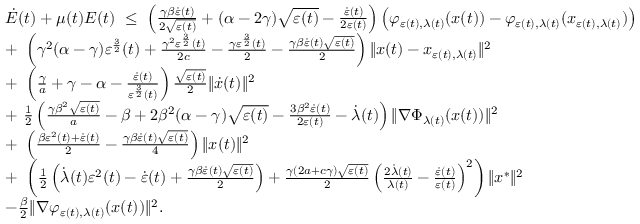
\begin{array} { r l } & { \dot { E } ( t ) + \mu ( t ) E ( t ) \ \leq \ \left( \frac { \gamma \beta \dot { \varepsilon } ( t ) } { 2 \sqrt { \varepsilon ( t ) } } + ( \alpha - 2 \gamma ) \sqrt { \varepsilon ( t ) } - \frac { \dot { \varepsilon } ( t ) } { 2 \varepsilon ( t ) } \right) \left( \varphi _ { \varepsilon ( t ) , \lambda ( t ) } ( x ( t ) ) - \varphi _ { \varepsilon ( t ) , \lambda ( t ) } ( x _ { \varepsilon ( t ) , \lambda ( t ) } ) \right) } \\ & { + \ \left( \gamma ^ { 2 } ( \alpha - \gamma ) \varepsilon ^ { \frac { 3 } { 2 } } ( t ) + \frac { \gamma ^ { 2 } \varepsilon ^ { \frac { 3 } { 2 } } ( t ) } { 2 c } - \frac { \gamma \varepsilon ^ { \frac { 3 } { 2 } } ( t ) } { 2 } - \frac { \gamma \beta \dot { \varepsilon } ( t ) \sqrt { \varepsilon ( t ) } } { 2 } \right) \| x ( t ) - x _ { \varepsilon ( t ) , \lambda ( t ) } \| ^ { 2 } } \\ & { + \ \left( \frac { \gamma } { a } + \gamma - \alpha - \frac { \dot { \varepsilon } ( t ) } { \varepsilon ^ { \frac { 3 } { 2 } } ( t ) } \right) \frac { \sqrt { \varepsilon ( t ) } } { 2 } \| \dot { x } ( t ) \| ^ { 2 } } \\ & { + \ \frac { 1 } { 2 } \left( \frac { \gamma \beta ^ { 2 } \sqrt { \varepsilon ( t ) } } { a } - \beta + 2 \beta ^ { 2 } ( \alpha - \gamma ) \sqrt { \varepsilon ( t ) } - \frac { 3 \beta ^ { 2 } \dot { \varepsilon } ( t ) } { 2 \varepsilon ( t ) } - \dot { \lambda } ( t ) \right) \| \nabla \Phi _ { \lambda ( t ) } ( x ( t ) ) \| ^ { 2 } } \\ & { + \ \left( \frac { \beta \varepsilon ^ { 2 } ( t ) + \dot { \varepsilon } ( t ) } { 2 } - \frac { \gamma \beta \dot { \varepsilon } ( t ) \sqrt { \varepsilon ( t ) } } { 4 } \right) \| x ( t ) \| ^ { 2 } } \\ & { + \ \left( \frac { 1 } { 2 } \left( \dot { \lambda } ( t ) \varepsilon ^ { 2 } ( t ) - \dot { \varepsilon } ( t ) + \frac { \gamma \beta \dot { \varepsilon } ( t ) \sqrt { \varepsilon ( t ) } } { 2 } \right) + \frac { \gamma ( 2 a + c \gamma ) \sqrt { \varepsilon ( t ) } } { 2 } \left( \frac { 2 \dot { \lambda } ( t ) } { \lambda ( t ) } - \frac { \dot { \varepsilon } ( t ) } { \varepsilon ( t ) } \right) ^ { 2 } \right) \| x ^ { * } \| ^ { 2 } } \\ & { - \frac { \beta } { 2 } \| \nabla \varphi _ { \varepsilon ( t ) , \lambda ( t ) } ( x ( t ) ) \| ^ { 2 } . } \end{array}